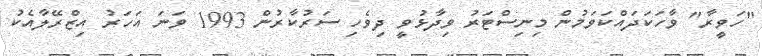
"ހަވީރާ" ވާހަކަދައްކަވަމުން މިނިސްޓަރު ވިދާޅުވީ ދިވެހި ސަރުކާރުން 1993 ވަނަ އަހަރު އިޒްރޭލާއެކު